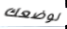
لوضعك